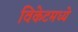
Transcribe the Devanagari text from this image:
विकेटमध्ये